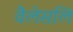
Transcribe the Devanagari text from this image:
वैलेसलि